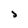
Character: J